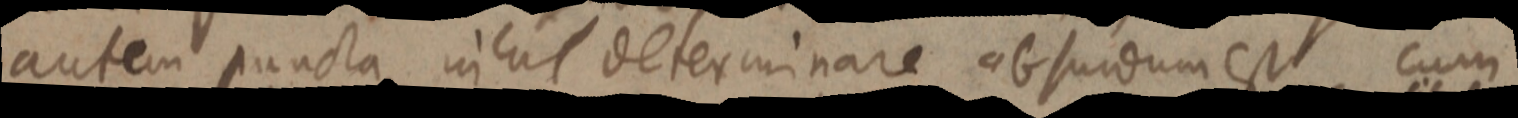
autem puncta nihil determinare absurdum est, cum